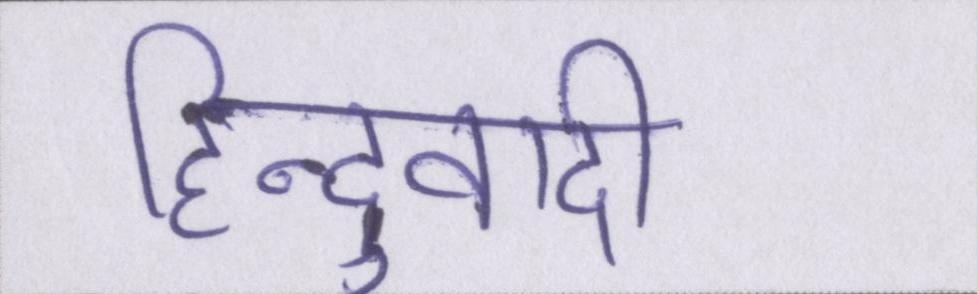
हिन्दुवादी